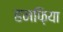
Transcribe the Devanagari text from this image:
हनफ़िया